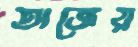
অজ্ঞেয়